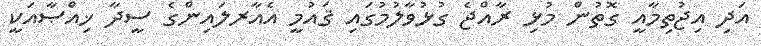
އަދި އިޖުތިމާއީ ގޮތުން މުޅި ރާއްޖެ ގުޅުވާލުމުގައި ޤައުމީ އެއާރލައިންގެ ސީދާ ޚިއްޞާއަކީ